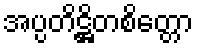
အပ္ပတိဋ္ဌိတစိတ္တော